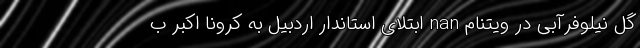
گل نیلوفرآبی در ویتنام nan ابتلای استاندار اردبیل به کرونا اکبر ب